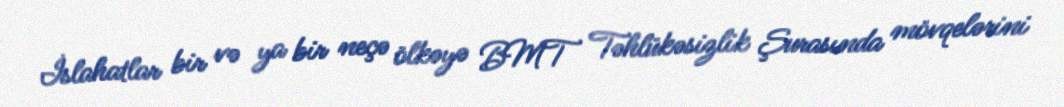
İslahatlar bir və ya bir neçə ölkəyə BMT Təhlükəsizlik Şurasında mövqelərini